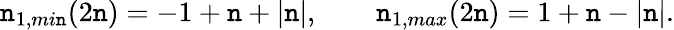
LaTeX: \mathtt{n}_{1,mi\mathtt{n}}(2\mathtt{n})=-1+\mathtt{n}+|\mathtt{n}|,\qquad\mathtt{n}_{1,max}(2\mathtt{n})=1+\mathtt{n}-|\mathtt{n}|.